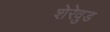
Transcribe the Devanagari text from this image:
शेरेवुड